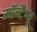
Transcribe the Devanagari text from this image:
मॉन्टैग्यू